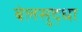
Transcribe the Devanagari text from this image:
बेलसुद्धा